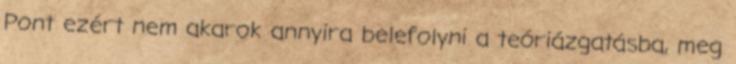
Pont ezért nem akarok annyira belefolyni a teóriázgatásba, meg